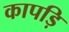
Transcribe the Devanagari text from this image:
कापड़ि